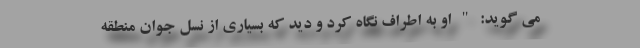
می گوید: " او به اطراف نگاه کرد و دید که بسیاری از نسل جوان منطقه